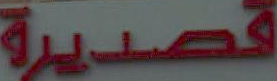
قصديرة